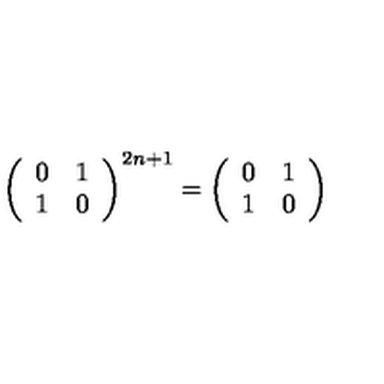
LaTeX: \left( \begin{array} { c c } { 0 } & { 1 } \\ { 1 } & { 0 } \\ \end{array} \right) ^ { 2 n + 1 } = \left( \begin{array} { c c } { 0 } & { 1 } \\ { 1 } & { 0 } \\ \end{array} \right)